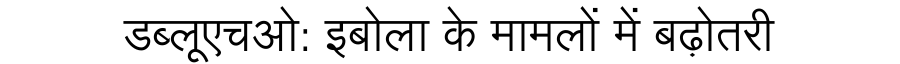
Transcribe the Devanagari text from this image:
डब्लूएचओ: इबोला के मामलों में बढ़ोतरी